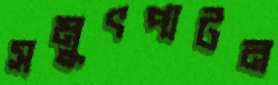
সমুৎপাটন